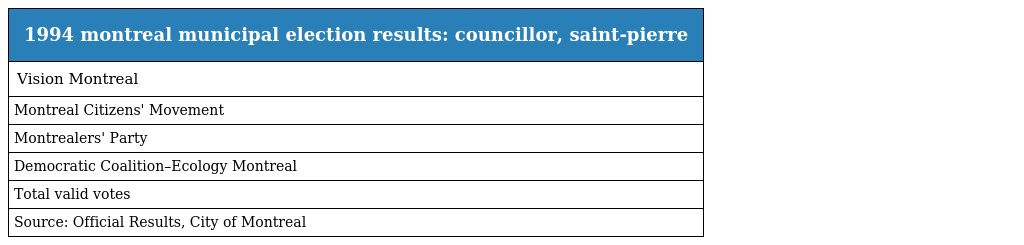
| 1994 montreal municipal election results: councillor, saint-pierre |
 | --- |
 | Vision Montreal |
 | Montreal Citizens' Movement |
 | Montrealers' Party |
 | Democratic Coalition–Ecology Montreal |
 | Total valid votes |
 | Source: Official Results, City of Montreal |